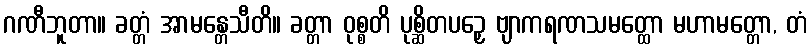
ဂဏီဘူတာ။ ခတ္တံ အာမန္တေသီတိ။ ခတ္တာ ဝုစ္စတိ ပုစ္ဆိတပဉှေ ဗျာကရဏသမတ္ထော မဟာမတ္တော, တံ